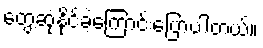
တွေ့ဆုံနိုင်ခဲ့ကြောင်းပြောပါတယ်။